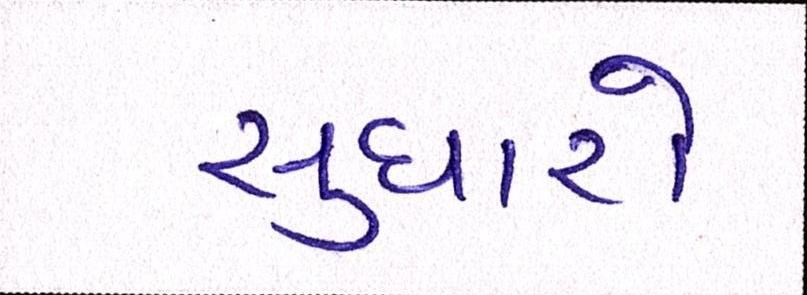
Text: સુધારો